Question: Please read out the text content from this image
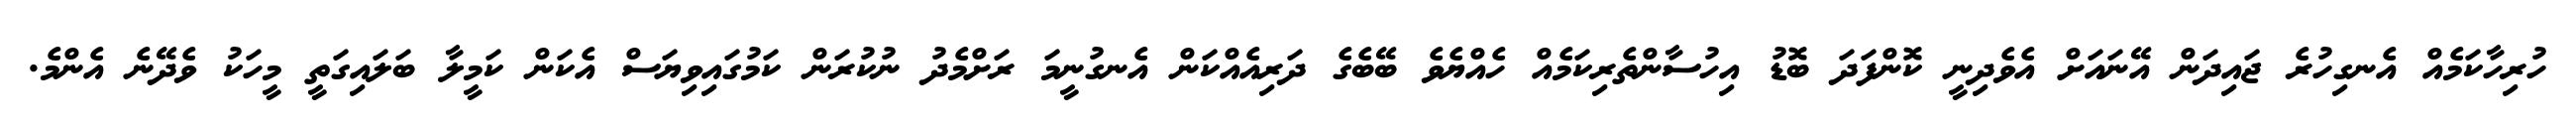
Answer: ހުރިހާކަމެއް އެނގިހުރެ ޖައިދަން އޭނައަށް އެވެދިނީ ކޮންފަދަ ބޮޑު އިހުސާންތެރިކަމެއް ހެއްޔެވެ ބޭބެގެ ދަރިއެއްކަން އެނގުނީމަ ރަށްމެދު ނުކުރަން ކަމުގައިވިޔަސް އެކަން ކަމީލާ ބަލައިގަތީ މީހަކު ވެދޭނެ އެންމެ.